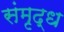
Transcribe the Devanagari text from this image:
संमृद्ध